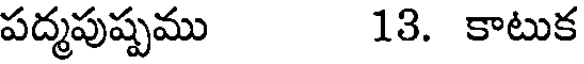
పద్మపుష్పము 13. కాటుక